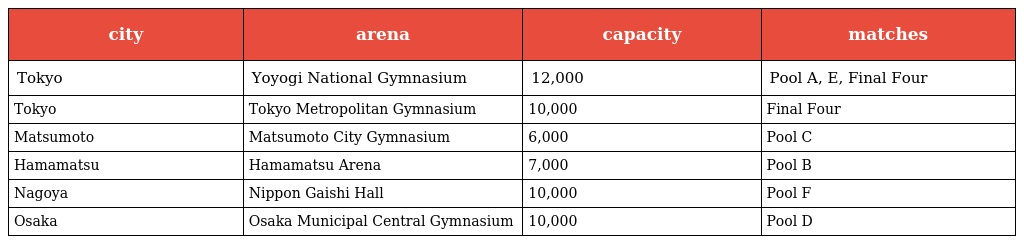
| city | arena | capacity | matches |
 | --- | --- | --- | --- |
 | Tokyo | Yoyogi National Gymnasium | 12,000 | Pool A, E, Final Four |
 | Tokyo | Tokyo Metropolitan Gymnasium | 10,000 | Final Four |
 | Matsumoto | Matsumoto City Gymnasium | 6,000 | Pool C |
 | Hamamatsu | Hamamatsu Arena | 7,000 | Pool B |
 | Nagoya | Nippon Gaishi Hall | 10,000 | Pool F |
 | Osaka | Osaka Municipal Central Gymnasium | 10,000 | Pool D |